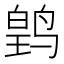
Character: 𬸛